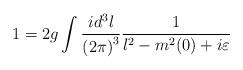
LaTeX: \begin{align*}1=2g\int\frac{id^3l}{{(2\pi)}^3}\frac{1}{l^2-m^2(0)+i\varepsilon}\end{align*}